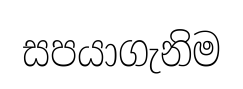
සපයාගැනිම